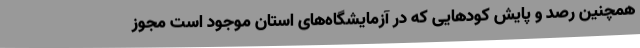
همچنین رصد و پایش کودهایی که در آزمایشگاه‌های استان موجود است مجوز